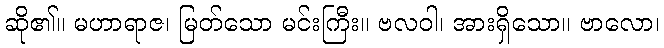
ဆို၏။ မဟာရာဇ၊ မြတ်သော မင်းကြီး။ ဗလဝါ၊ အားရှိသော။ ဗာလော၊